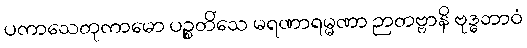
ပကာသေတုကာမော ပဉ္စတိံသေ မရဏာရမ္မဏာ ဉာတဗ္ဗာနိ ဗုဒ္ဓဘာဝံ